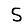
Digit: 5